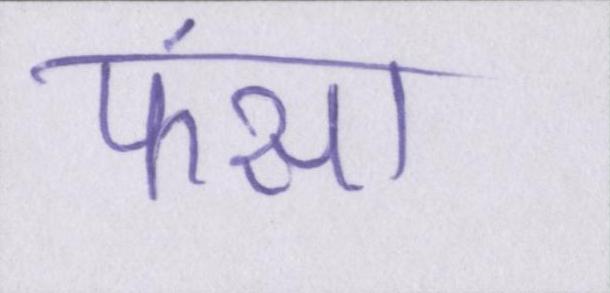
फंसा